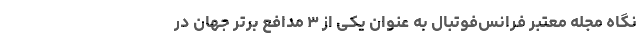
نگاه مجله معتبر فرانس‌فوتبال به عنوان یکی از ۳ مدافع برتر جهان در